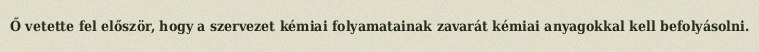
Ő vetette fel először, hogy a szervezet kémiai folyamatainak zavarát kémiai anyagokkal kell befolyásolni.